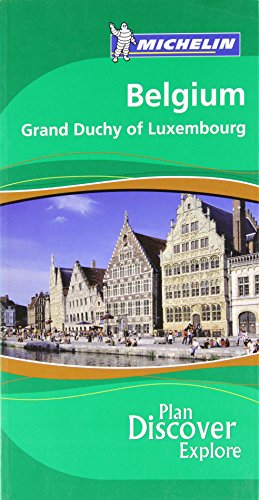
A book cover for Michelin Green Guide Belgium (Michelin Green Guides); Travel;